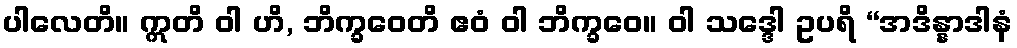
ပါလေတိ။ ဣတိ ဝါ ဟိ, ဘိက္ခဝေတိ ဧဝံ ဝါ ဘိက္ခဝေ။ ဝါ သဒ္ဒေါ ဥပရိ “အဒိန္နာဒါနံ